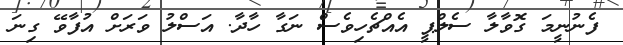
ފެނުނީމަ ގޮވާލާ ސެލްޕީ އެއްޗެހިވެސް ނަގާ ހާދާ. އަސްލު ވަރަށް އުފާވޭ ގިނަ